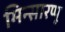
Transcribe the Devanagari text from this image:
मिन्सारप्पू